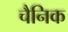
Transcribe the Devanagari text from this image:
चैनिक